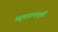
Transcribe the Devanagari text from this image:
उद्‌घाटनापूर्वी